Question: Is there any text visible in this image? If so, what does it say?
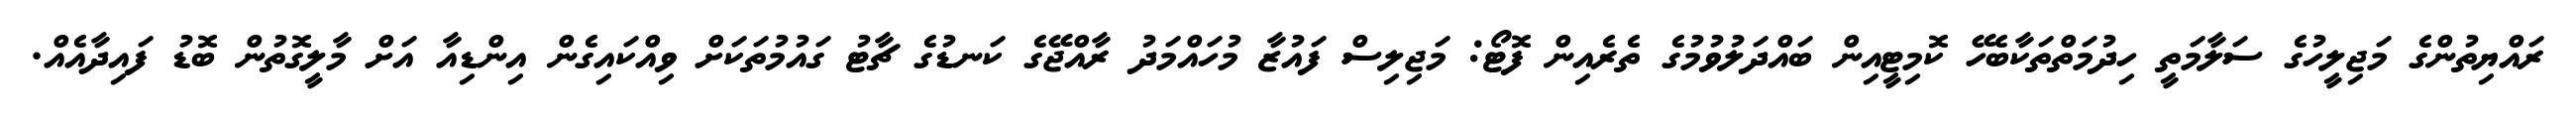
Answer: ރައްޔިތުންގެ މަޖިލީހުގެ ސަލާމަތީ ހިދުމަތްތަކާބެހޭ ކޮމިޓީއިން ބައްދަލުވުމުގެ ތެރެއިން ފޮޓޯ: މަޖިލިސް ފައުޒާ މުހައްމަދު ރާއްޖޭގެ ކަނޑުގެ ޗާޓު ގައުމުތަކަށް ވިއްކައިގެން އިންޑިއާ އަށް މާލީގޮތުން ބޮޑު ފައިދާއެއް.